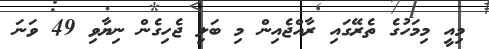
މިއީ މިމަހުގެ ތެރޭގައި ރާއްޖެއިން މި ބަލި ޖެހިގެން ނިޔާވި 49 ވަނަ